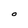
Character: O